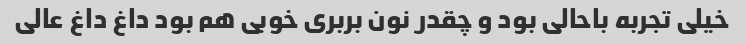
خیلی تجربه باحالی بود و چقدر نون بربری خوبی هم بود داغ داغ عالی